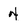
Character: 4